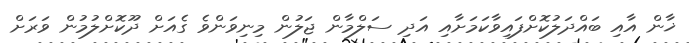
ޚާން އާއި ބައްދަލުކޮށްފައިވާކަމަށާއި އަދި ސަލްމާން ޖަލުން މިނިވަންވެ ގެއަށް ދޫކޮށްލުމުން ވަރަށް